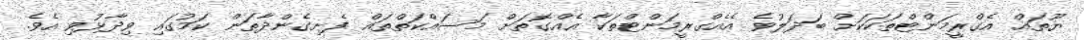
ޔޫތައް އެގްރީމަންޓްތަކަކަށް ބަދަލުވެ އެއެގްރީމަންޓްތަކާ އެއްގޮތަށް މަސައްކަތްތައް ފެށިގެންދާތަން ކަމުގައި ވިދާޅުވި އެވެ.